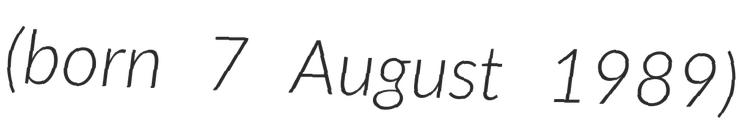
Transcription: (born 7 August 1989)